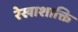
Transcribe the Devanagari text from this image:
रेखाशाक्ति